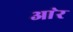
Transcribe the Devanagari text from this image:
आ॓र